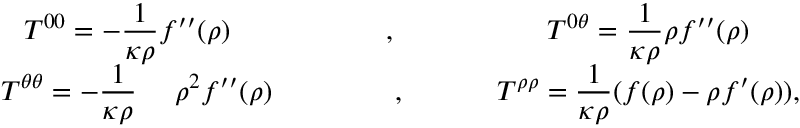
\begin{array} { c c c } { { { \cal T } ^ { 0 0 } = - \displaystyle { \frac { 1 } { \kappa \rho } } f ^ { \prime \prime } ( \rho ) } } & { { \ \ , \ } } & { { { \cal T } ^ { 0 \theta } = \displaystyle { \frac { 1 } { \kappa \rho } } \rho f ^ { \prime \prime } ( \rho ) } } \\ { { \ \ { \cal T } ^ { \theta \theta } = - \displaystyle { \frac { 1 } { \kappa \rho } } \ \ \ \ \rho ^ { 2 } f ^ { \prime \prime } ( \rho ) } } & { { \ \ \ \ \ \ \ \ \ \ , \ \ \ \ \ \ \ } } & { { { \cal T } ^ { \rho \rho } = \displaystyle { \frac { 1 } { \kappa \rho } } ( f ( \rho ) - \rho f ^ { \prime } ( \rho ) ) , } } \end{array}